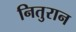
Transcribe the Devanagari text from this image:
नितुरान